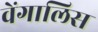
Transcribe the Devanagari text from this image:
वेंगालिस